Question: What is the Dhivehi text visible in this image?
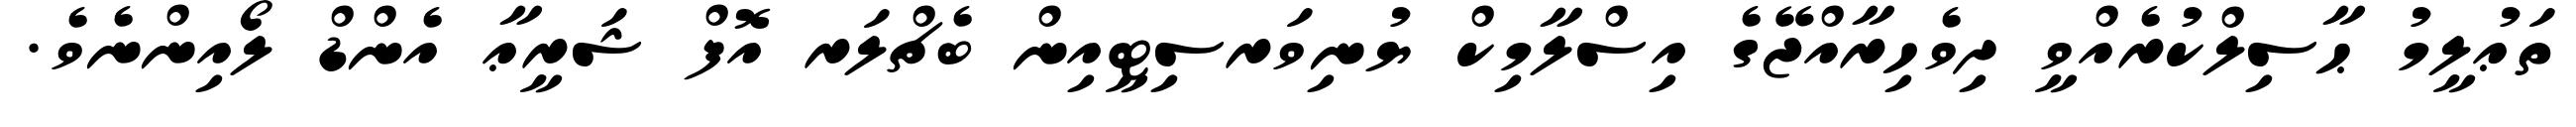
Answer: ތަޢުލީމު ޙާސިލްކުރެއްވީ ދިވެހިރާއްޖޭގެ އިސްލާމިކް ޔުނިވަރސިޓީއިން ބެޗްލަރ އޮފް ޝަރީޢާ އެންޑް ލޯއިންނެވެ.